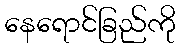
နေရောင်ခြည်ကို